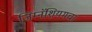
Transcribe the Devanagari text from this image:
जिम्नॅशियमचा